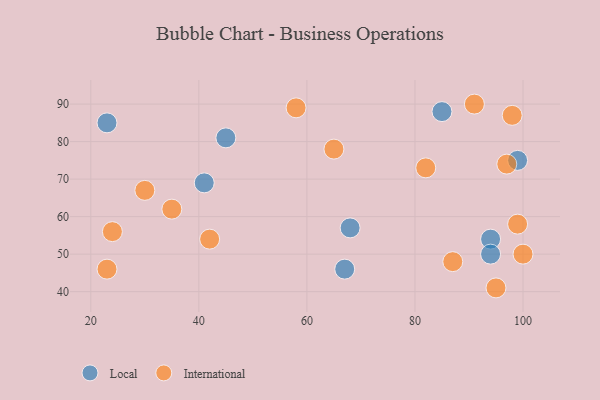
{"axis": {"x": "GDP", "y": "Life Expectancy"}, "legend": ["International", "Local"], "data": [{"x": "94", "y": 54, "type": "Local"}, {"x": "85", "y": 88, "type": "Local"}, {"x": "94", "y": 50, "type": "Local"}, {"x": "67", "y": 46, "type": "Local"}, {"x": "45", "y": 81, "type": "Local"}, {"x": "23", "y": 85, "type": "Local"}, {"x": "99", "y": 75, "type": "Local"}, {"x": "68", "y": 57, "type": "Local"}, {"x": "41", "y": 69, "type": "Local"}, {"x": "87", "y": 48, "type": "International"}, {"x": "82", "y": 73, "type": "International"}, {"x": "58", "y": 89, "type": "International"}, {"x": "98", "y": 87, "type": "International"}, {"x": "30", "y": 67, "type": "International"}, {"x": "42", "y": 54, "type": "International"}, {"x": "100", "y": 50, "type": "International"}, {"x": "97", "y": 74, "type": "International"}, {"x": "91", "y": 90, "type": "International"}, {"x": "99", "y": 58, "type": "International"}, {"x": "23", "y": 46, "type": "International"}, {"x": "35", "y": 62, "type": "International"}, {"x": "65", "y": 78, "type": "International"}, {"x": "95", "y": 41, "type": "International"}, {"x": "24", "y": 56, "type": "International"}]}